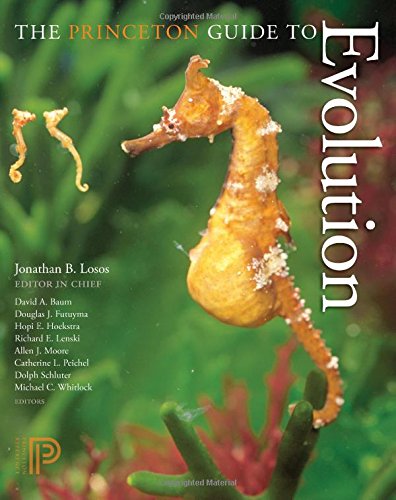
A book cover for The Princeton Guide to Evolution; Science & Math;